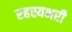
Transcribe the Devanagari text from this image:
रहस्यभरी